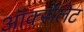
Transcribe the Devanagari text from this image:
ऑक्सेलेट